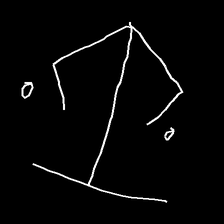
Glyph: earth